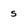
Character: S